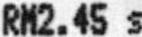
RM2.45 S